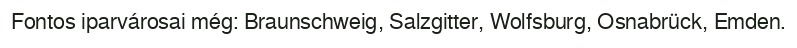
Fontos iparvárosai még: Braunschweig, Salzgitter, Wolfsburg, Osnabrück, Emden.